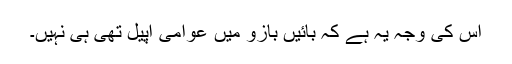
اس کی وجہ یہ ہے کہ بائیں بازو میں عوامی اپیل تھی ہی نہیں۔